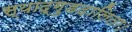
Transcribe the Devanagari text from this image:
स्याद्गुडदालिता।